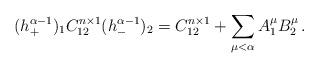
LaTeX: \begin{align*}(h_+^{\alpha-1})_1 C_{12}^{n\times 1} (h_-^{\alpha-1})_2 = C_{12}^{n\times 1} + \sum_{\mu<\alpha} A_1^\mu B_2^\mu\,. \end{align*}